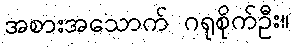
အစားအသောက် ဂရုစိုက်ဦး။